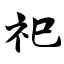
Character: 祀